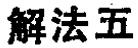
解法五